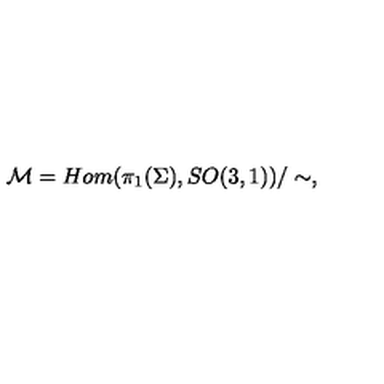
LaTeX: { \cal M } = H o m ( \pi _ { 1 } ( \Sigma ) , S O ( 3 , 1 ) ) / \sim ,